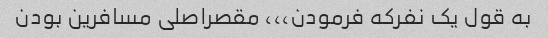
به قول یک نفرکه فرمودن،،، مقصراصلی مسافرین بودن